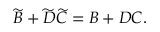
\widetilde { B } + \widetilde { D } \widetilde { C } = B + D C .